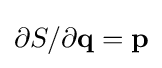
{\textstyle \partial S/\partial \mathbf {q} =\mathbf {p} }